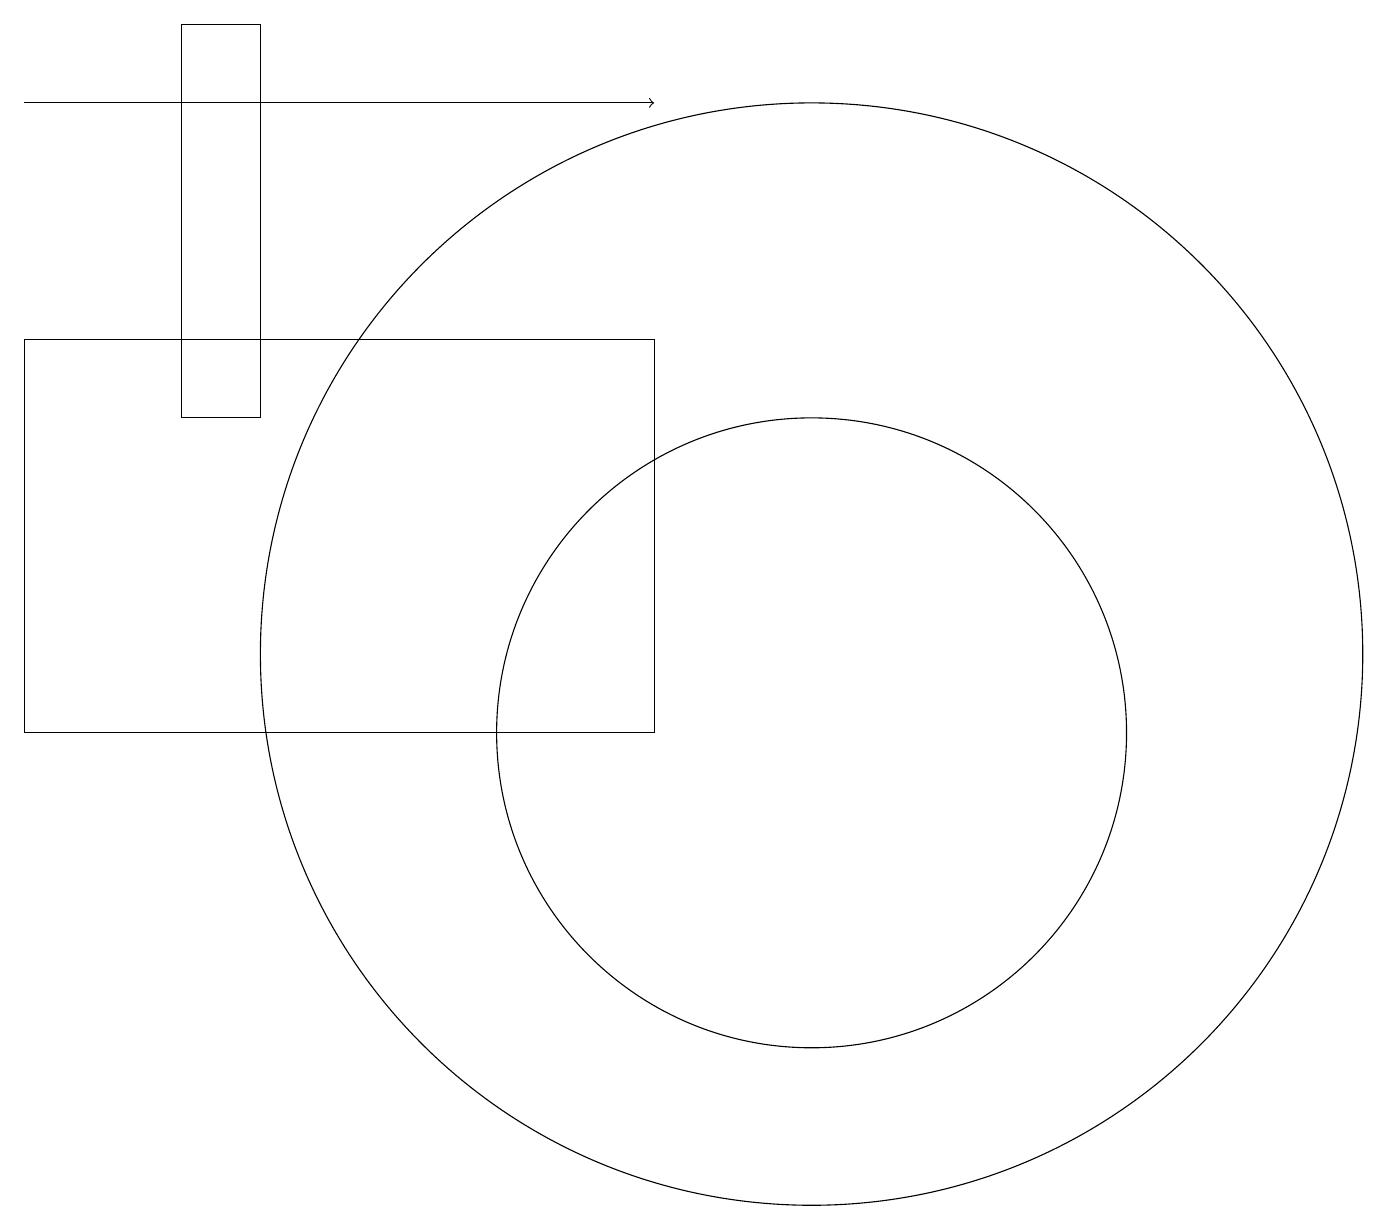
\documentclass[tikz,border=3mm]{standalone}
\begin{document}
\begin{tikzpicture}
\draw (8,10) rectangle (0,15);
\draw (2,19) rectangle (3,14);
\draw (10,11) circle (7);
\draw (10,10) circle (4);
\draw (12,12) circle (0);
\draw[->] (0,18) -- (8,18);
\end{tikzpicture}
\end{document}